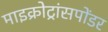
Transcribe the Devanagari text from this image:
माइक्रोट्रांसपोंडर